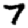
Digit: 7